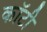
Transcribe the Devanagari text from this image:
कॉटी